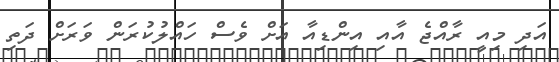
އަދި މިއީ ރާއްޖެ އާއި އިންޑިއާ އަށް ވެސް ހައްލުކުރަން ވަރަށް ދަތި